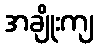
အချိုးကျ